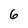
Character: 6